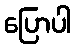
ပြောပါ